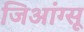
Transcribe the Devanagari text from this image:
जिआंग्सू